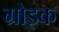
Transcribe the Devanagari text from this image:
ग्रोइक